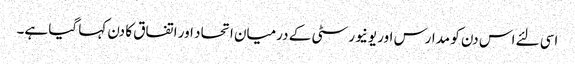
اسی لئے اس دن کو مدارس اور یونیورسٹی کے درمیان اتحاد اور اتفاق کا دن کہا گیا ہے۔